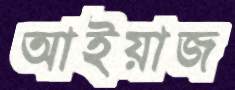
আইয়াজ